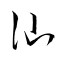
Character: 訕